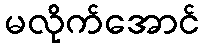
မလိုက်အောင်